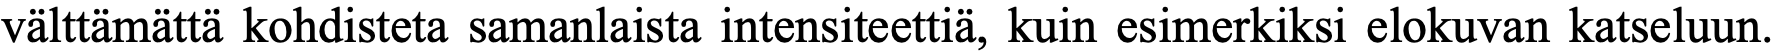
välttämättä kohdisteta samanlaista intensiteettiä, kuin esimerkiksi elokuvan katseluun.